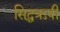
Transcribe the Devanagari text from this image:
सिद्धऋषी